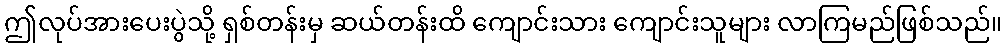
ဤလုပ်အားပေးပွဲသို့ ရှစ်တန်းမှ ဆယ်တန်းထိ ကျောင်းသား ကျောင်းသူများ လာကြမည်ဖြစ်သည်။